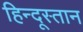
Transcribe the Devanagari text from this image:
हिन्दूस्तान